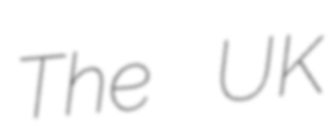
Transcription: The UK